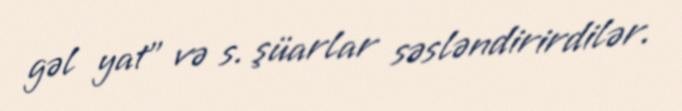
gəl yat” və s. şüarlar səsləndirirdilər.